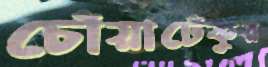
চোঁয়াঢেঁকুর